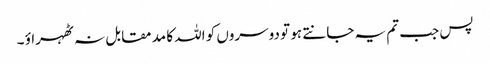
پس جب تم یہ جانتے ہو تو دوسروں کو اللہ کا مد مقابل نہ ٹھہراؤ ۔